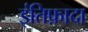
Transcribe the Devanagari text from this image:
इंतिफ़ादा